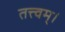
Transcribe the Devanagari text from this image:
तत्त्‍वम्।